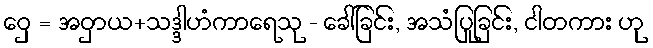
ဝှေ = အဝှာယ+သဒ္ဒါဟံကာရေသု - ခေါ်ခြင်း, အသံပြုခြင်း, ငါတကား ဟု